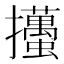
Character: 𢺉